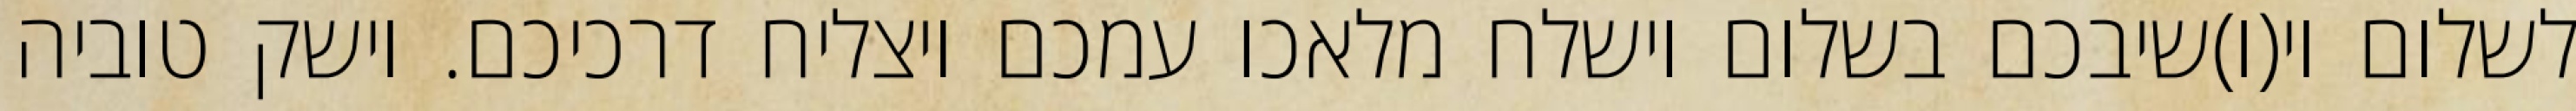
לשלום וי(ו)שיבכם בשלום וישלח מלאכו עמכם ויצליח דרכיכם. וישק טוביה